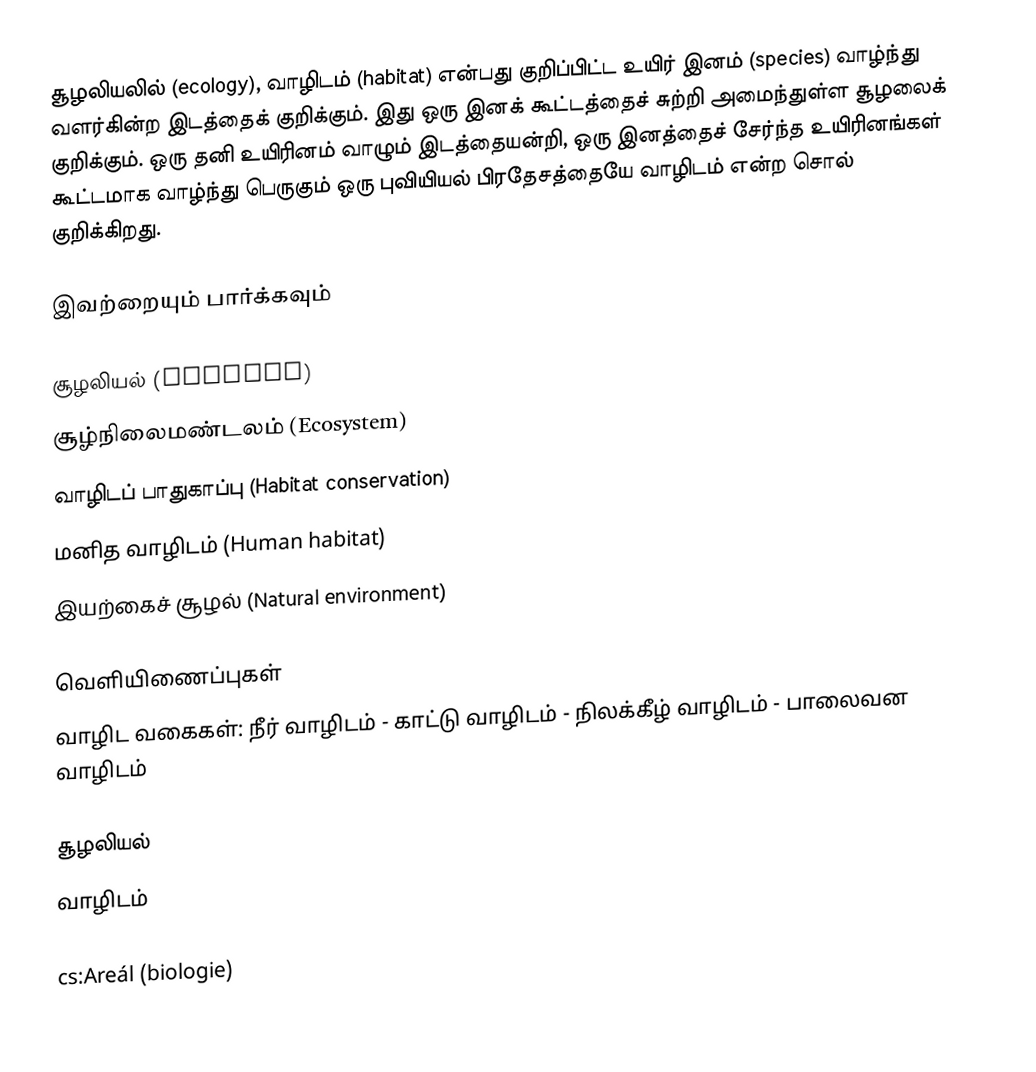
சூழலியலில் (ecology), வாழிடம் (habitat) என்பது குறிப்பிட்ட உயிர் இனம் (species) வாழ்ந்து வளர்கின்ற இடத்தைக் குறிக்கும். இது ஒரு இனக் கூட்டத்தைச் சுற்றி அமைந்துள்ள சூழலைக் குறிக்கும். ஒரு தனி உயிரினம் வாழும் இடத்தையன்றி, ஒரு இனத்தைச் சேர்ந்த உயிரினங்கள் கூட்டமாக வாழ்ந்து பெருகும் ஒரு புவியியல் பிரதேசத்தையே வாழிடம் என்ற சொல் குறிக்கிறது.

இவற்றையும் பார்க்கவும்

 சூழலியல் (Ecology)
 சூழ்நிலைமண்டலம் (Ecosystem)
 வாழிடப் பாதுகாப்பு (Habitat conservation)
 மனித வாழிடம் (Human habitat)
 இயற்கைச் சூழல் (Natural environment)

வெளியிணைப்புகள்
வாழிட வகைகள்: நீர் வாழிடம் - காட்டு வாழிடம் - நிலக்கீழ் வாழிடம் - பாலைவன வாழிடம்

சூழலியல்
வாழிடம்

cs:Areál (biologie)